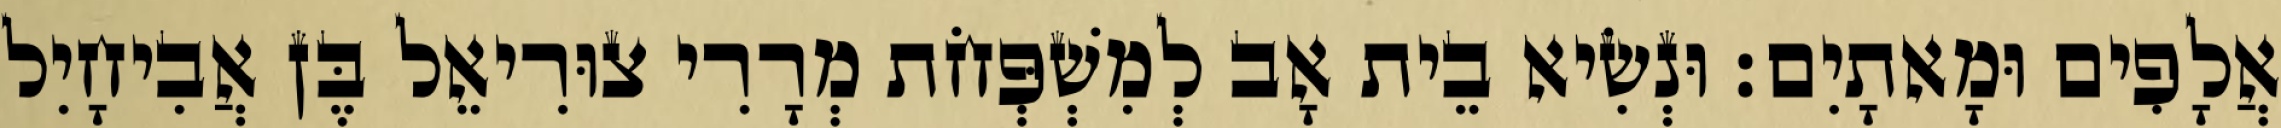
אֲלָפִים וּמָאתָיִם׃ וּנְשִׂיא בֵית אָב לְמִשְׁפְּחֹת מְרָרִי צוּרִיאֵל בֶּן אֲבִיחָיִל